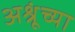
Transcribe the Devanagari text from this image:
अश्रूंच्या